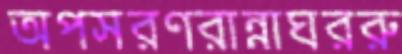
অপসরণরান্নাঘররু